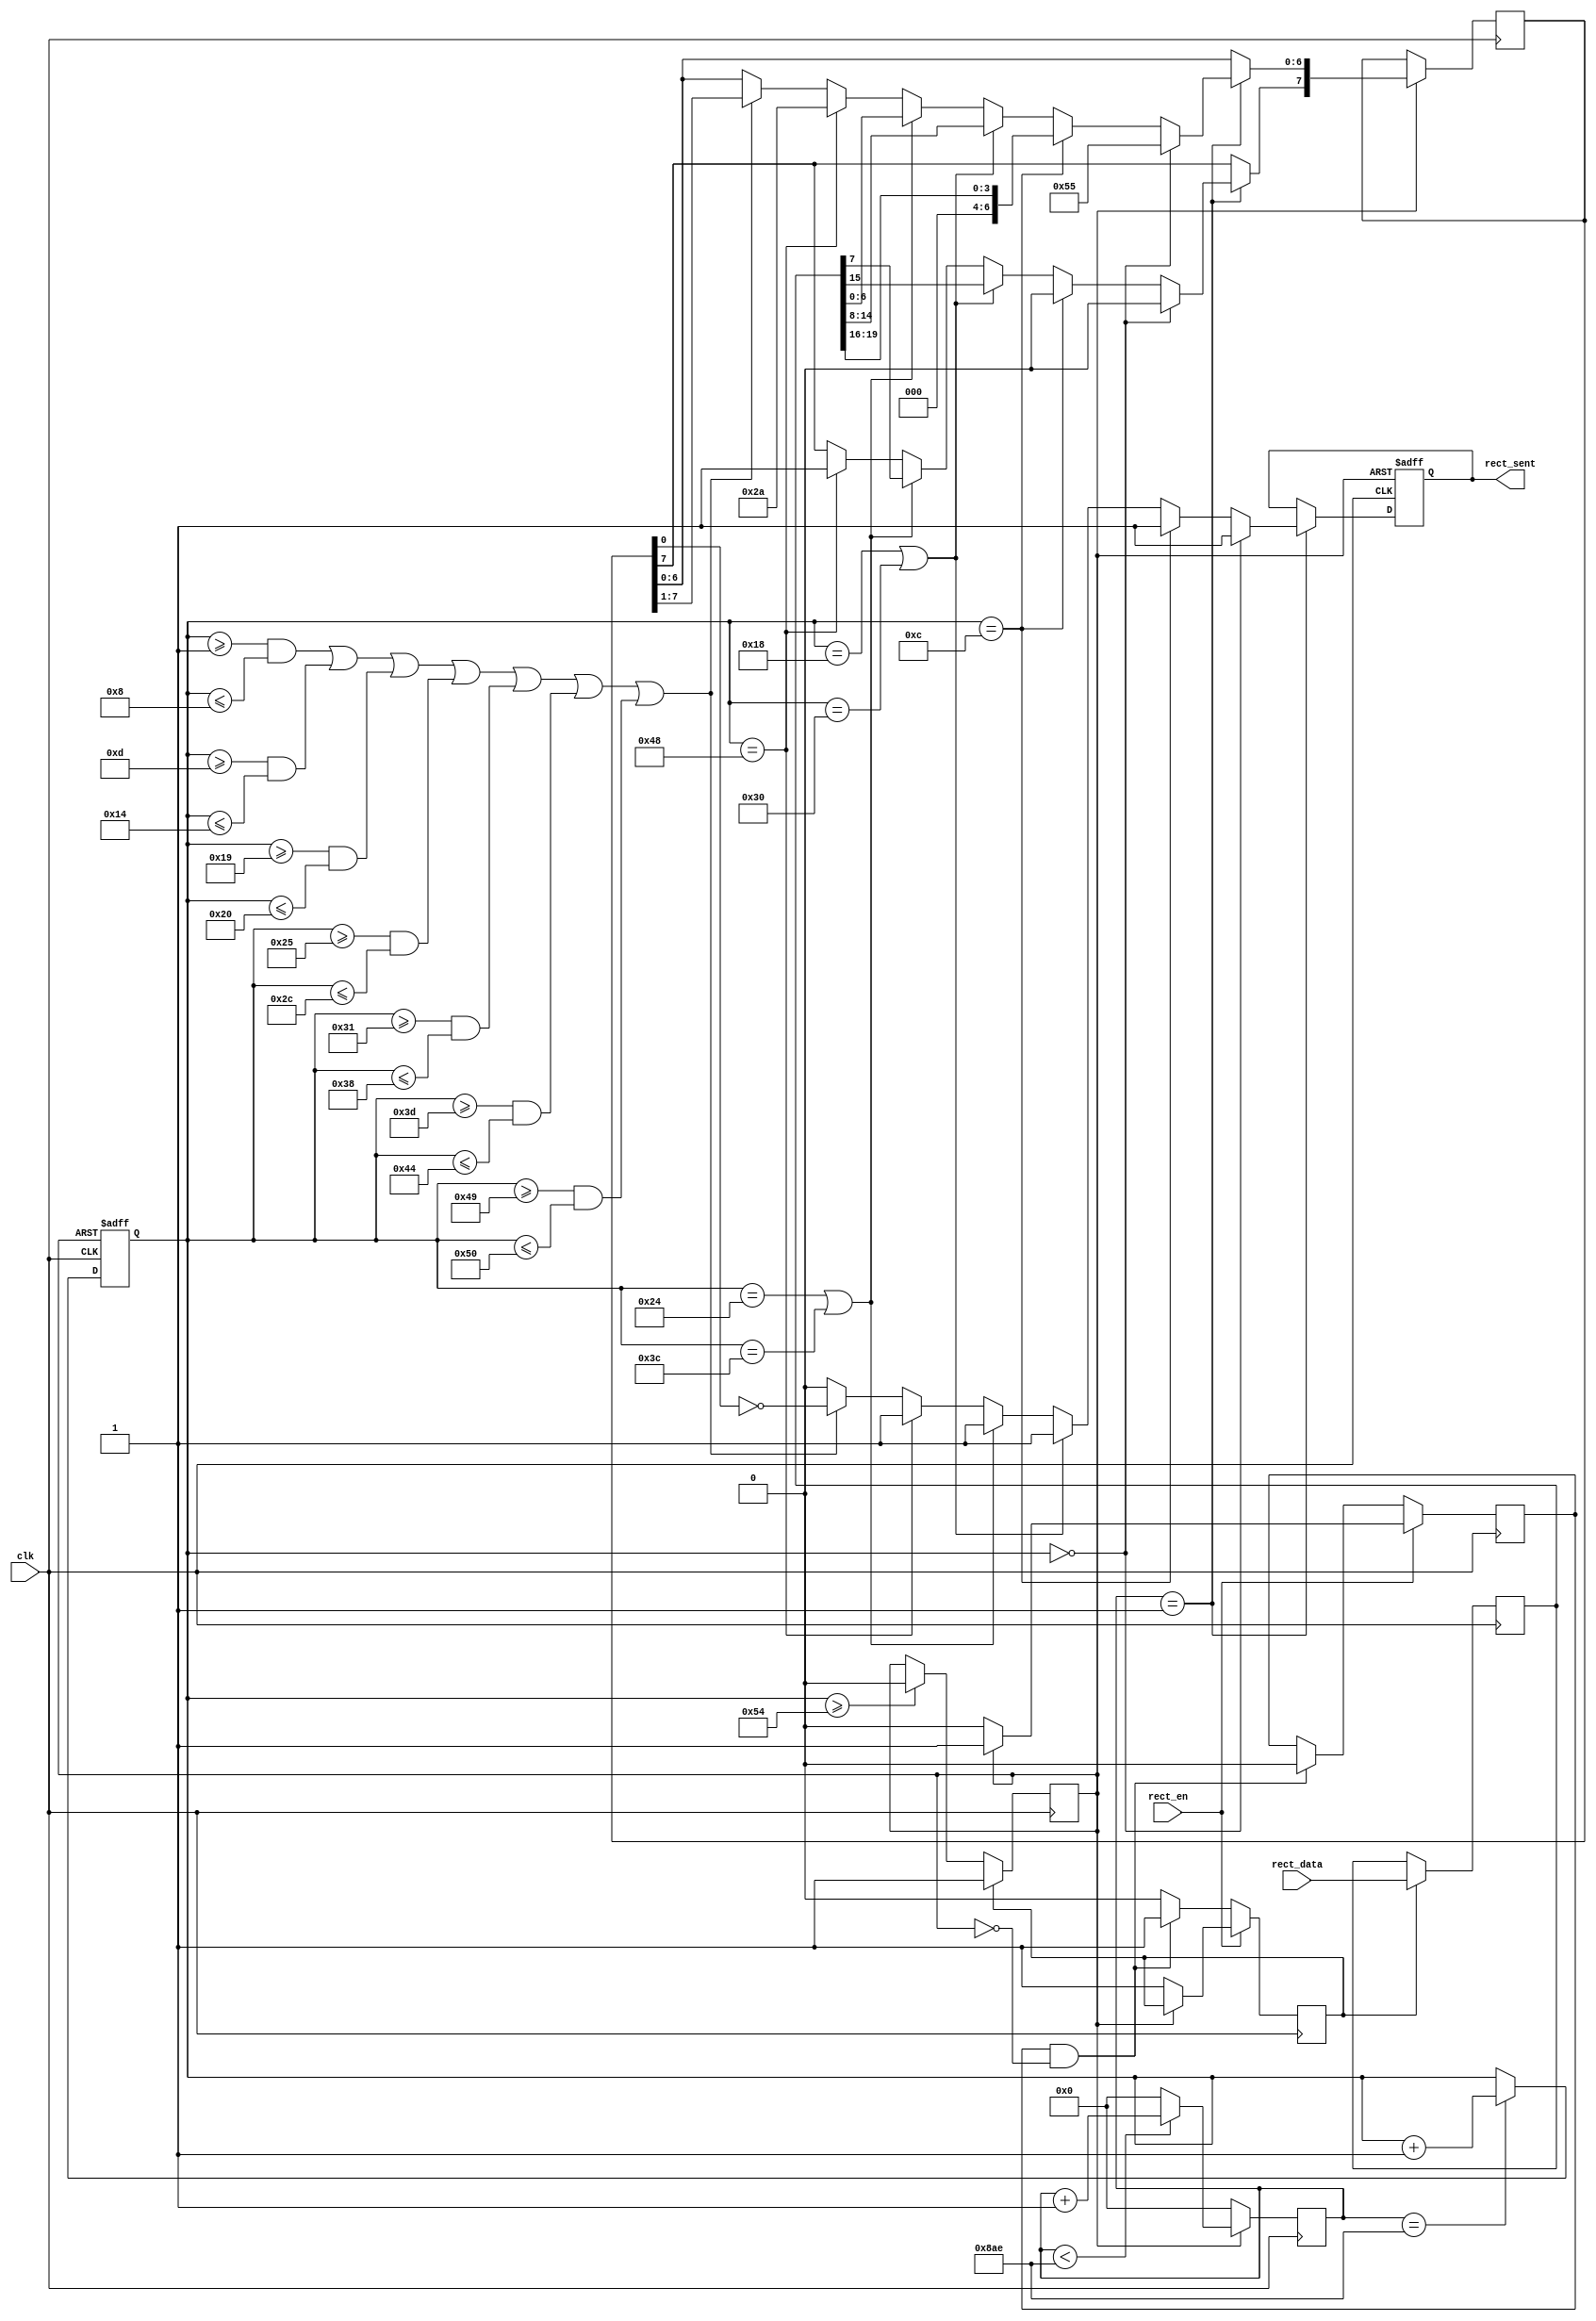
/*====================================================================
rcvr.v

2009-08-12  1.0

====================================================================*/
module rect_down(clk, rect_en, rect_data, rect_sent);
    
    input	clk;
    input	rect_en;
    input	[19:0]rect_data;
    
    output	rect_sent;
    
    reg		rect_sent;
    
    reg		clk1x_en;
    reg		[7:0]no_bits_sent;
    reg		sent_en, sent_en_delay;
    reg		[15:0]clk_div;
    reg		[19:0]rsr;
    reg		[7:0]tsr;
    
    initial
    begin
	rect_sent = 1'b0;
	clk1x_en = 1'b0;
	no_bits_sent = 8'b0;
	sent_en = 1'b0;
	sent_en_delay = 1'b0;
	clk_div = 16'b0;
	rsr = 20'b0;
	tsr = 8'b0;
	end
    
/*------------------------------clk-----------------------------------*/
    always@(posedge clk)
    begin
    if(!clk1x_en)
        clk_div = 16'b0;
    else if(clk_div < 16'd2222)
        clk_div = clk_div + 1'b1;
    else
		clk_div = 16'b0;
    end
    
/*-------------------------------------------------------*/
	always@(posedge clk)
	begin
	if(rect_en)
		begin
        if(!clk1x_en)
            begin
            sent_en <= 1'b1;
            sent_en_delay <= 1'b0;
            end
        else
            sent_en_delay <= 1'b1;
        end
    else if(sent_en_delay && !clk1x_en)
        begin
        sent_en <= 1'b1;
        sent_en_delay <= 1'b0;
        end
    else
        sent_en <= 1'b0;
    end
    
    always@(posedge clk)
    begin
	if(sent_en)
		begin
		clk1x_en <= 1'b1;
		rsr <= rect_data;
        end
    else if(no_bits_sent >= 8'd84)
		clk1x_en <= 1'b0;
	end

/*------------------------------------------------*/
    always@(posedge clk or negedge clk1x_en)
    begin
    if(!clk1x_en)
        no_bits_sent <= 8'b0;
    else if(clk_div == 16'd2222)
        no_bits_sent <= no_bits_sent + 1'b1;
    end
    
/*-------------------------------------------------*/
    always@(posedge clk or negedge clk1x_en)
    begin
    if(!clk1x_en)
        begin
        rect_sent <= 1'b0;
        end
    else if(clk_div == 16'd1)
        begin
        if(no_bits_sent == 8'd0)
			begin
			rect_sent <= 1'b1;
			tsr <= 8'h55;
			end
		else if(no_bits_sent == 8'd12)
			begin
			rect_sent <= 1'b1;
			tsr <= {4'b0,rsr[19:16]};
			end
		else if(no_bits_sent == 8'd24 || no_bits_sent == 8'd48)
			begin
			rect_sent <= 1'b1;
			tsr <= rsr[15:8];
			end
		else if(no_bits_sent == 8'd36 || no_bits_sent == 8'd60)
			begin
			rect_sent <= 1'b1;
			tsr <= rsr[7:0];
			end
		else if(no_bits_sent == 8'd72)
			begin
			rect_sent <= 1'b1;
			tsr <= 8'hAA;
			end
        else if ((no_bits_sent >= 8'd1 && no_bits_sent <= 8'd8) ||
			(no_bits_sent >= 8'd13 && no_bits_sent <= 8'd20) ||
			(no_bits_sent >= 8'd25 && no_bits_sent <= 8'd32) ||
			(no_bits_sent >= 8'd37 && no_bits_sent <= 8'd44) ||
			(no_bits_sent >= 8'd49 && no_bits_sent <= 8'd56) ||
			(no_bits_sent >= 8'd61 && no_bits_sent <= 8'd68) ||
			(no_bits_sent >= 8'd73 && no_bits_sent <= 8'd80))
            begin
            tsr[6:0] <= tsr[7:1];
            rect_sent <= ~tsr[0];
            end
        else
            rect_sent <= 1'b0;
        end
    end
    
endmodule